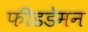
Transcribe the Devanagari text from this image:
फीडडेमन